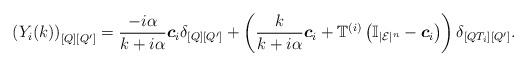
LaTeX: \begin{align*}\left(Y_i(k)\right)_{[Q][Q']}=\frac{-i\alpha}{k+i\alpha}\boldsymbol{c}_i\delta_{[Q][Q']}+\left(\frac{k}{k+i\alpha}\boldsymbol{c}_i+\mathbb{T}^{(i)}\left(\mathbb{I}_{|\mathcal{E}|^n}-\boldsymbol{c}_i\right)\right)\delta_{[QT_i][Q']}.\end{align*}